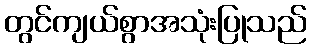
တွင်ကျယ်စွာအသုံးပြုသည်